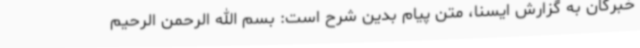
خبرگان به گزارش ایسنا، متن پیام بدین شرح است: بسم الله الرحمن الرحیم